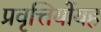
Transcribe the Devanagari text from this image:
प्रवृत्तियोंयह